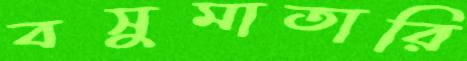
বসুমাতারি